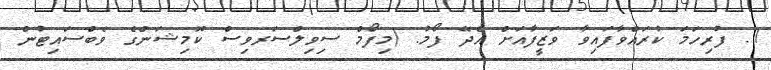
1. ފުރިހަމަ ކުރައްވާފައިވާ ވަޒީފާއަށް އެދޭ ފޯމު. (މިފޯމް ސިވިލްސަރވިސް ކޮމިޝަންގެ ވެބްސައިޓުން